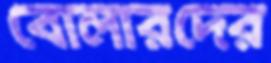
বোলারদের